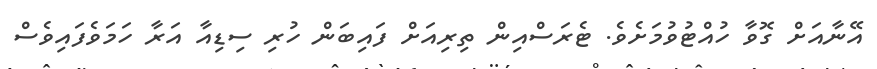
އޭނާއަށް ގޮވާ ހުއްޓުވުމަށެވެ. ޓެރަސްއިން ތިރިއަށް ފައިބަން ހުރި ސިޑިއާ އަރާ ހަމަވެފައިވެސް